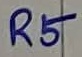
Text: R5